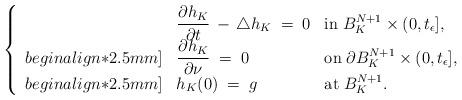
LaTeX: \begin{align*}\left\{\begin{array}{lll}& \dfrac{\partial h_K}{\partial t}\,-\,\triangle h_K\;=\; 0&\mathrm{in}\;B_K^{N+1}\times (0,t_\epsilon],\\begin{align*}2.5mm]& \dfrac{\partial h_K}{\partial \nu}\;=\; 0&\mathrm{on}\;\partial B_K^{N+1}\times (0,t_\epsilon],\\begin{align*}2.5mm]& h_K(0)\;=\; g&\mathrm{at}\;B_K^{N+1}.\end{array}\right.\end{align*}